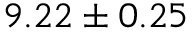
9 . 2 2 \pm 0 . 2 5